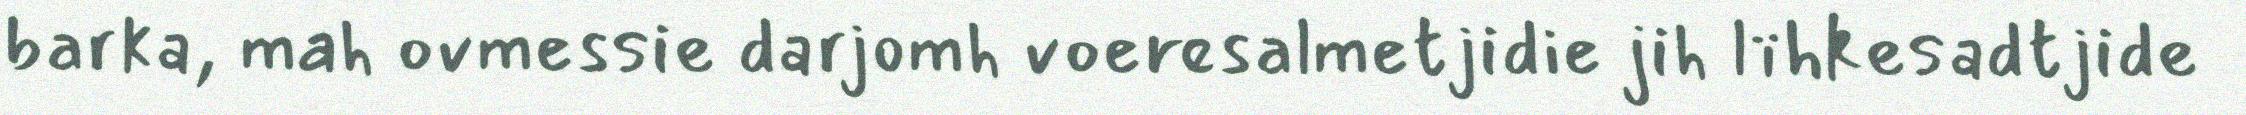
barka, mah ovmessie darjomh voeresalmetjidie jih lïhkesadtjide